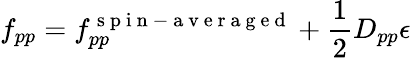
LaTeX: f_{pp}=f_{pp}^{\mathrm{~s~p~i~n~-~a~v~e~r~a~g~e~d~}}+\frac{1}{2}D_{pp}\epsilon